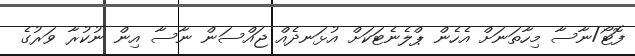
ފޮޓޯ/ނާސާ މިހާތަނަށް އެހެން ޕްލެނެޓަކަށް އުޅަނދެއް ޖައްސަން ނާސާ އިން ނުކުރާ ވަރުގެ